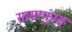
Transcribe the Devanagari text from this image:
सासाफ़्रास